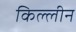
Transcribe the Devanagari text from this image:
किल्लीन